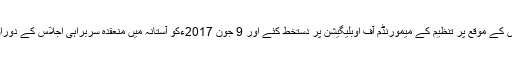
چنانچہ ان دونوں ممالک نے جون 2016ءمیں تاشقند میں منعقدہ سربراہی اجلاس کے موقع پر تنظیم کے میمورنڈم آف اوبلیگیشن پر دستخط کئے اور 9 جون 2017ءکو آستانہ میں منعقدہ سربراہی اجلاس کے دوران پاکستان اور بھارت کو تنظیم کا مکمل ممبر بنانے کی منظوری دے دی گئی۔